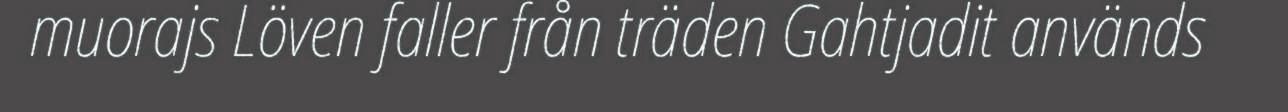
muorajs Löven faller från träden Gahtjadit används